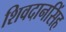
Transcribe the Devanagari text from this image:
शिवदानसिंह